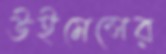
উইমেন্সের